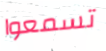
تسمعوا